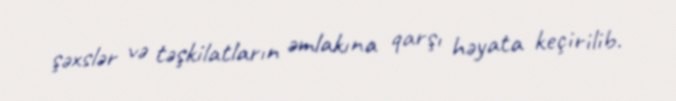
şəxslər və təşkilatların əmlakına qarşı həyata keçirilib.